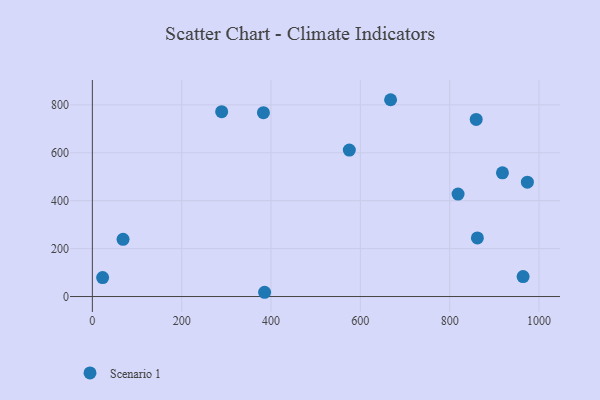
{"axis": {"x": "Speed", "y": "Exam Score"}, "legend": ["Scenario 1"], "data": [{"x": "859.3", "y": 738.9, "type": "Scenario 1"}, {"x": "23.0", "y": 79.3, "type": "Scenario 1"}, {"x": "862.0", "y": 244.5, "type": "Scenario 1"}, {"x": "385.6", "y": 17.8, "type": "Scenario 1"}, {"x": "973.9", "y": 477.4, "type": "Scenario 1"}, {"x": "667.7", "y": 821.3, "type": "Scenario 1"}, {"x": "918.1", "y": 516.3, "type": "Scenario 1"}, {"x": "289.5", "y": 771.3, "type": "Scenario 1"}, {"x": "818.7", "y": 427.6, "type": "Scenario 1"}, {"x": "383.0", "y": 767.3, "type": "Scenario 1"}, {"x": "964.3", "y": 83.5, "type": "Scenario 1"}, {"x": "575.3", "y": 611.3, "type": "Scenario 1"}, {"x": "68.7", "y": 238.8, "type": "Scenario 1"}]}